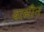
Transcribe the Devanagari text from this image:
वासीन